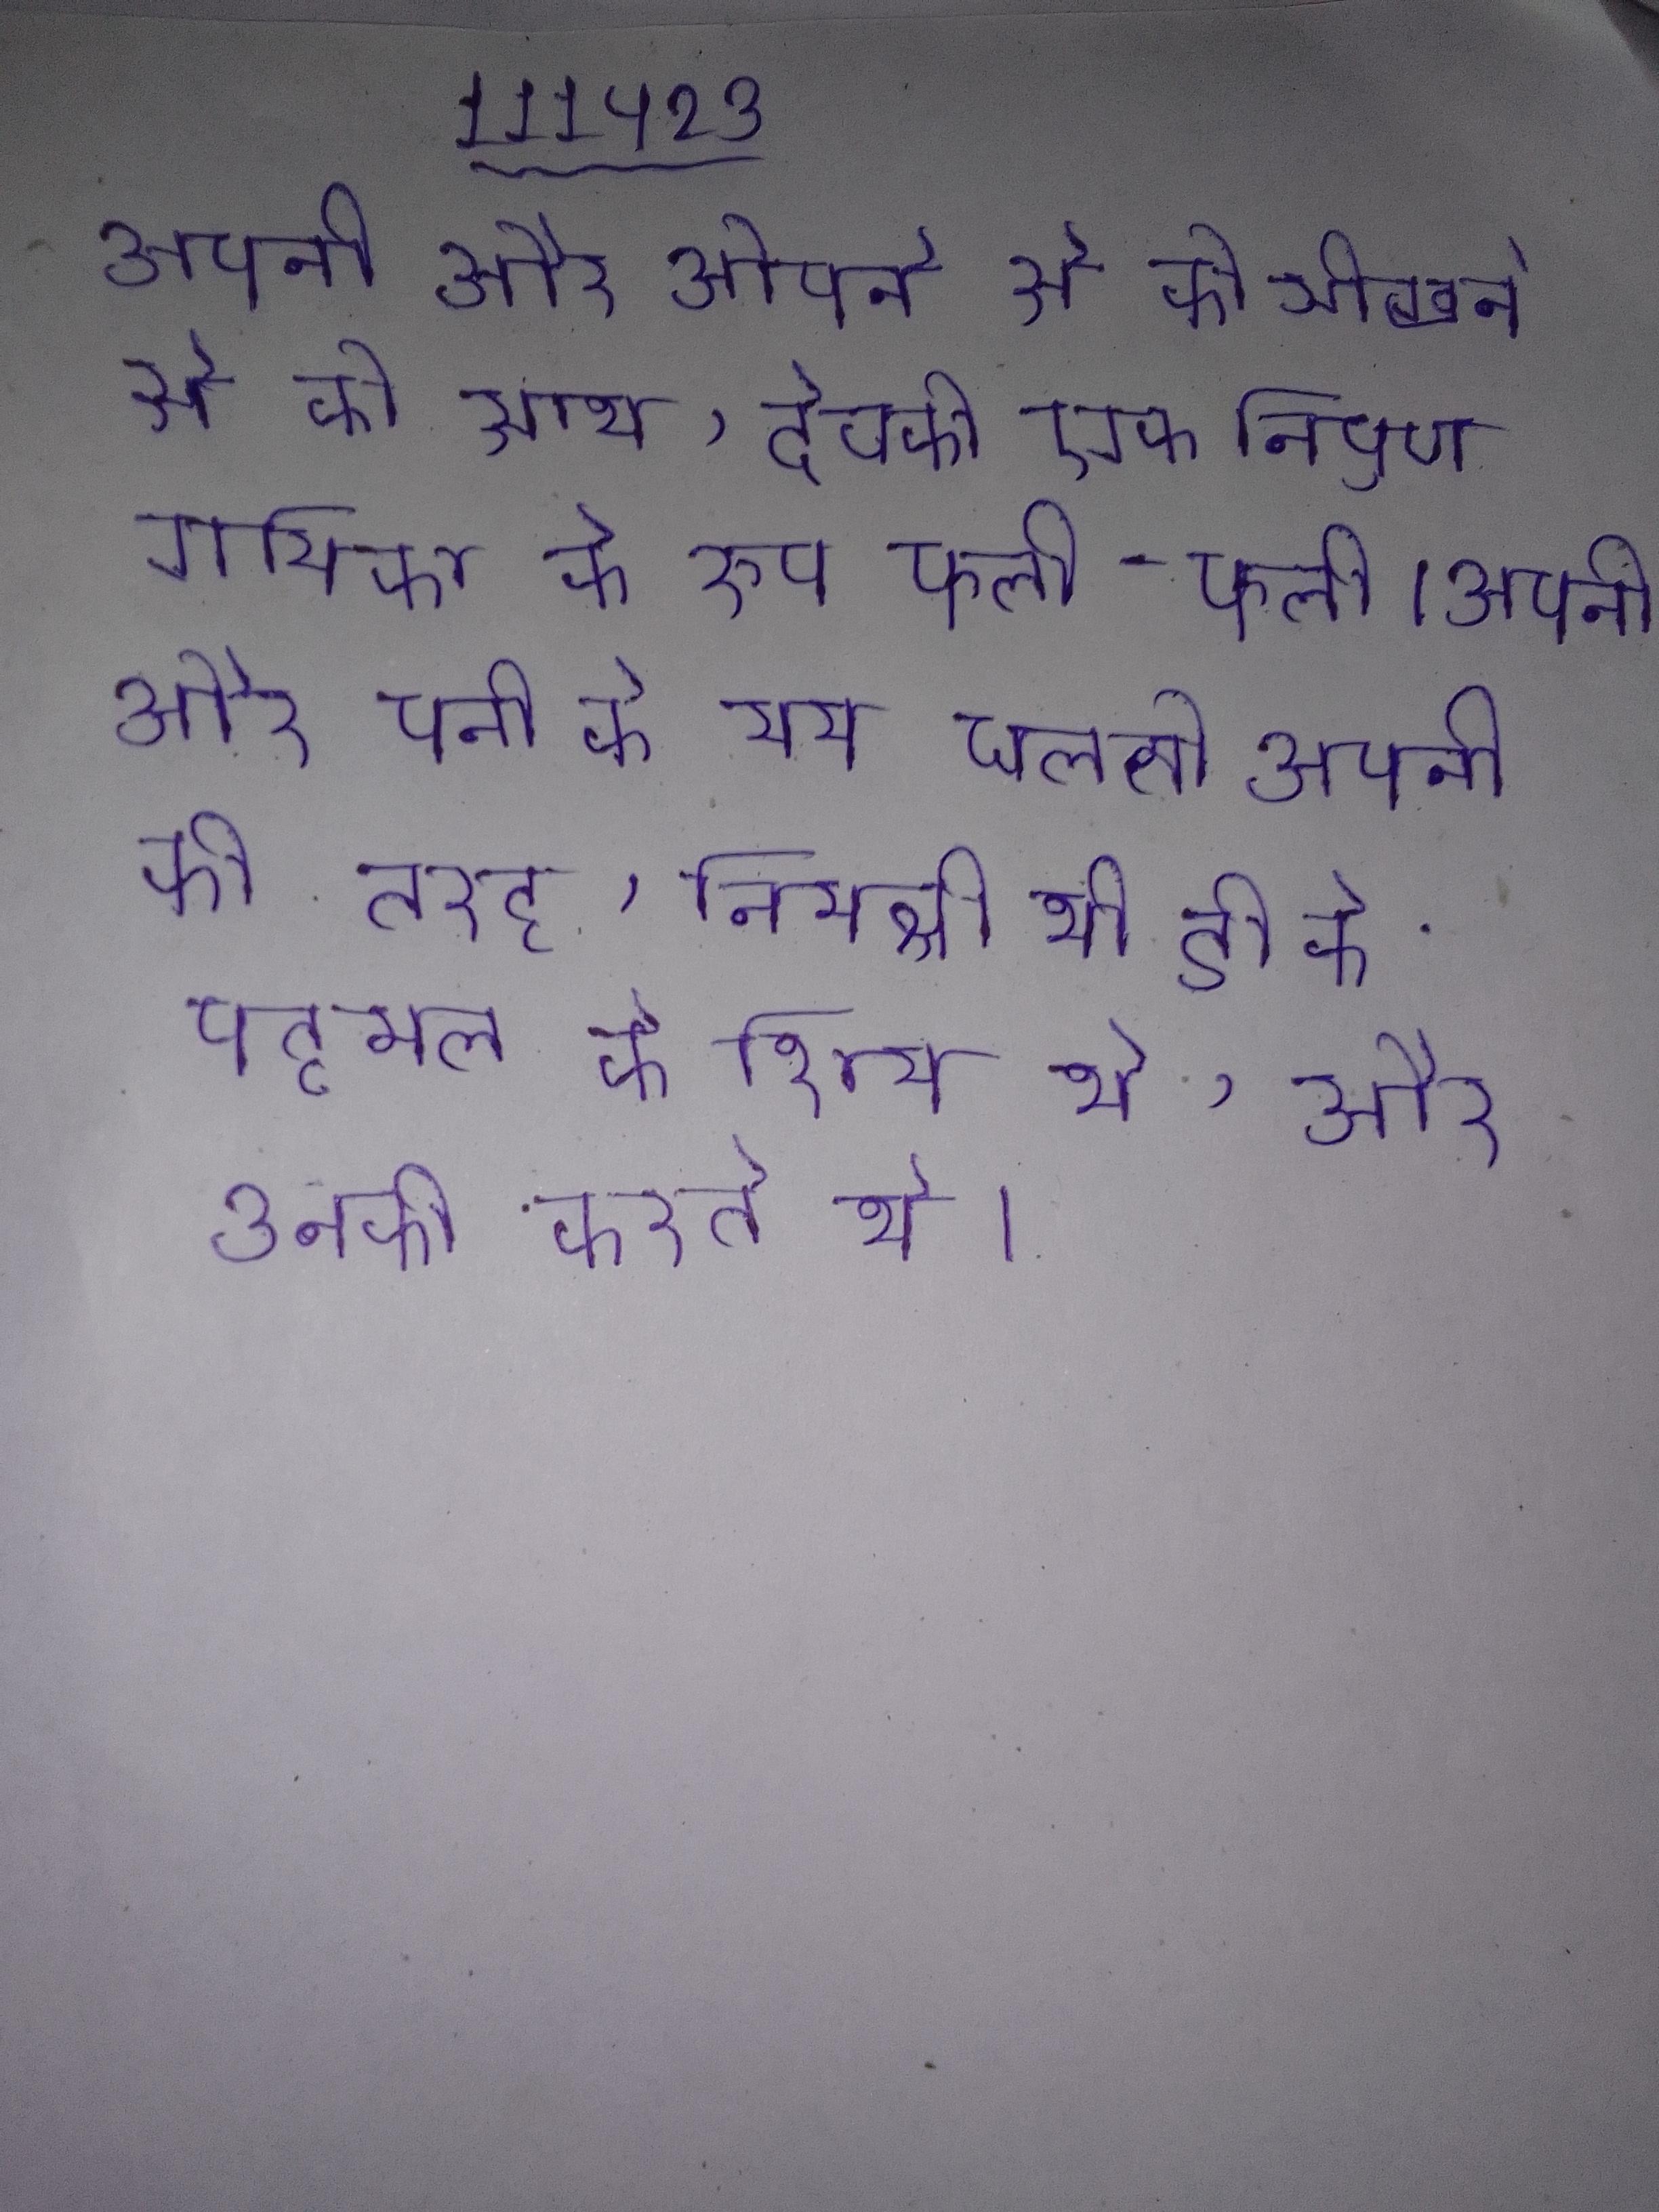
अप्रैल किडनी की बीमारी के साथ दिल की भी । अप्रैल के दौरे के दौरान माइकल के स्थान पर जब्स को स्थायी रूप से लाया गया . अप्रैल विस्फोट के कारण कोई हताहत हुआ अग्रिम चेतावनी ने स्थानीय को और पास के समुद्र को खाली करवा दिया था ।